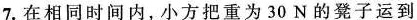
7.在相同时间内，小方把重为30N的凳子运到